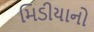
મિડીયાનો